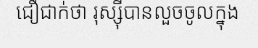
ជឿជាក់ថា រុស្ស៊ីបានលួចចូលក្នុង